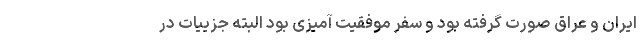
ایران و عراق صورت گرفته بود و سفر موفقیت آمیزی بود البته جزییات در